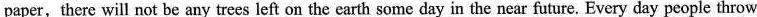
paper,there will not be any trees left on the earth some day in the near future. Every day people throw